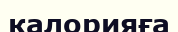
калорияға